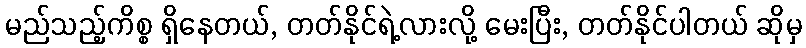
မည်သည့်ကိစ္စ ရှိနေတယ်, တတ်နိုင်ရဲ့လားလို့ မေးပြီး, တတ်နိုင်ပါတယ် ဆိုမှ